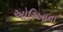
ઓરિઆના